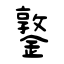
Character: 鐜